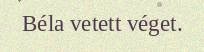
Béla vetett véget.